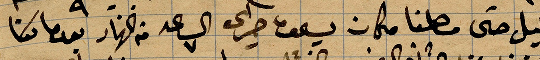
الليل حتى وصلنا مكان يسحق جراى الساعة ٧ من النهار بعدما بتنا